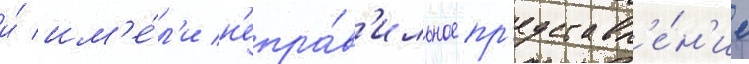
и́ им'е́л'и н'епра́в'ильное пр'едставл'е́н'ие